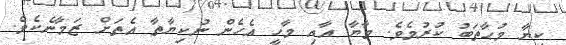
ކިޔާ މުޙާތަބު ކުރުމެވެ. މާޔާ އާއި މާހީ އެހެން ނުކިޔާތާ އެތަށް ޒަމާނެކެވެ.